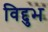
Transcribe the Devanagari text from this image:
विद्दुभ